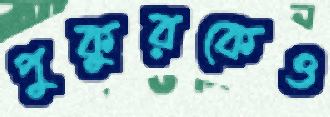
পুকুরকেও